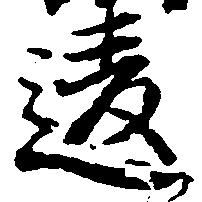
違